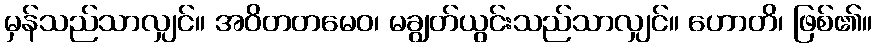
မှန်သည်သာလျှင်။ အဝိတတမေဝ၊ မချွတ်ယွင်းသည်သာလျှင်။ ဟောတိ၊ ဖြစ်၏။